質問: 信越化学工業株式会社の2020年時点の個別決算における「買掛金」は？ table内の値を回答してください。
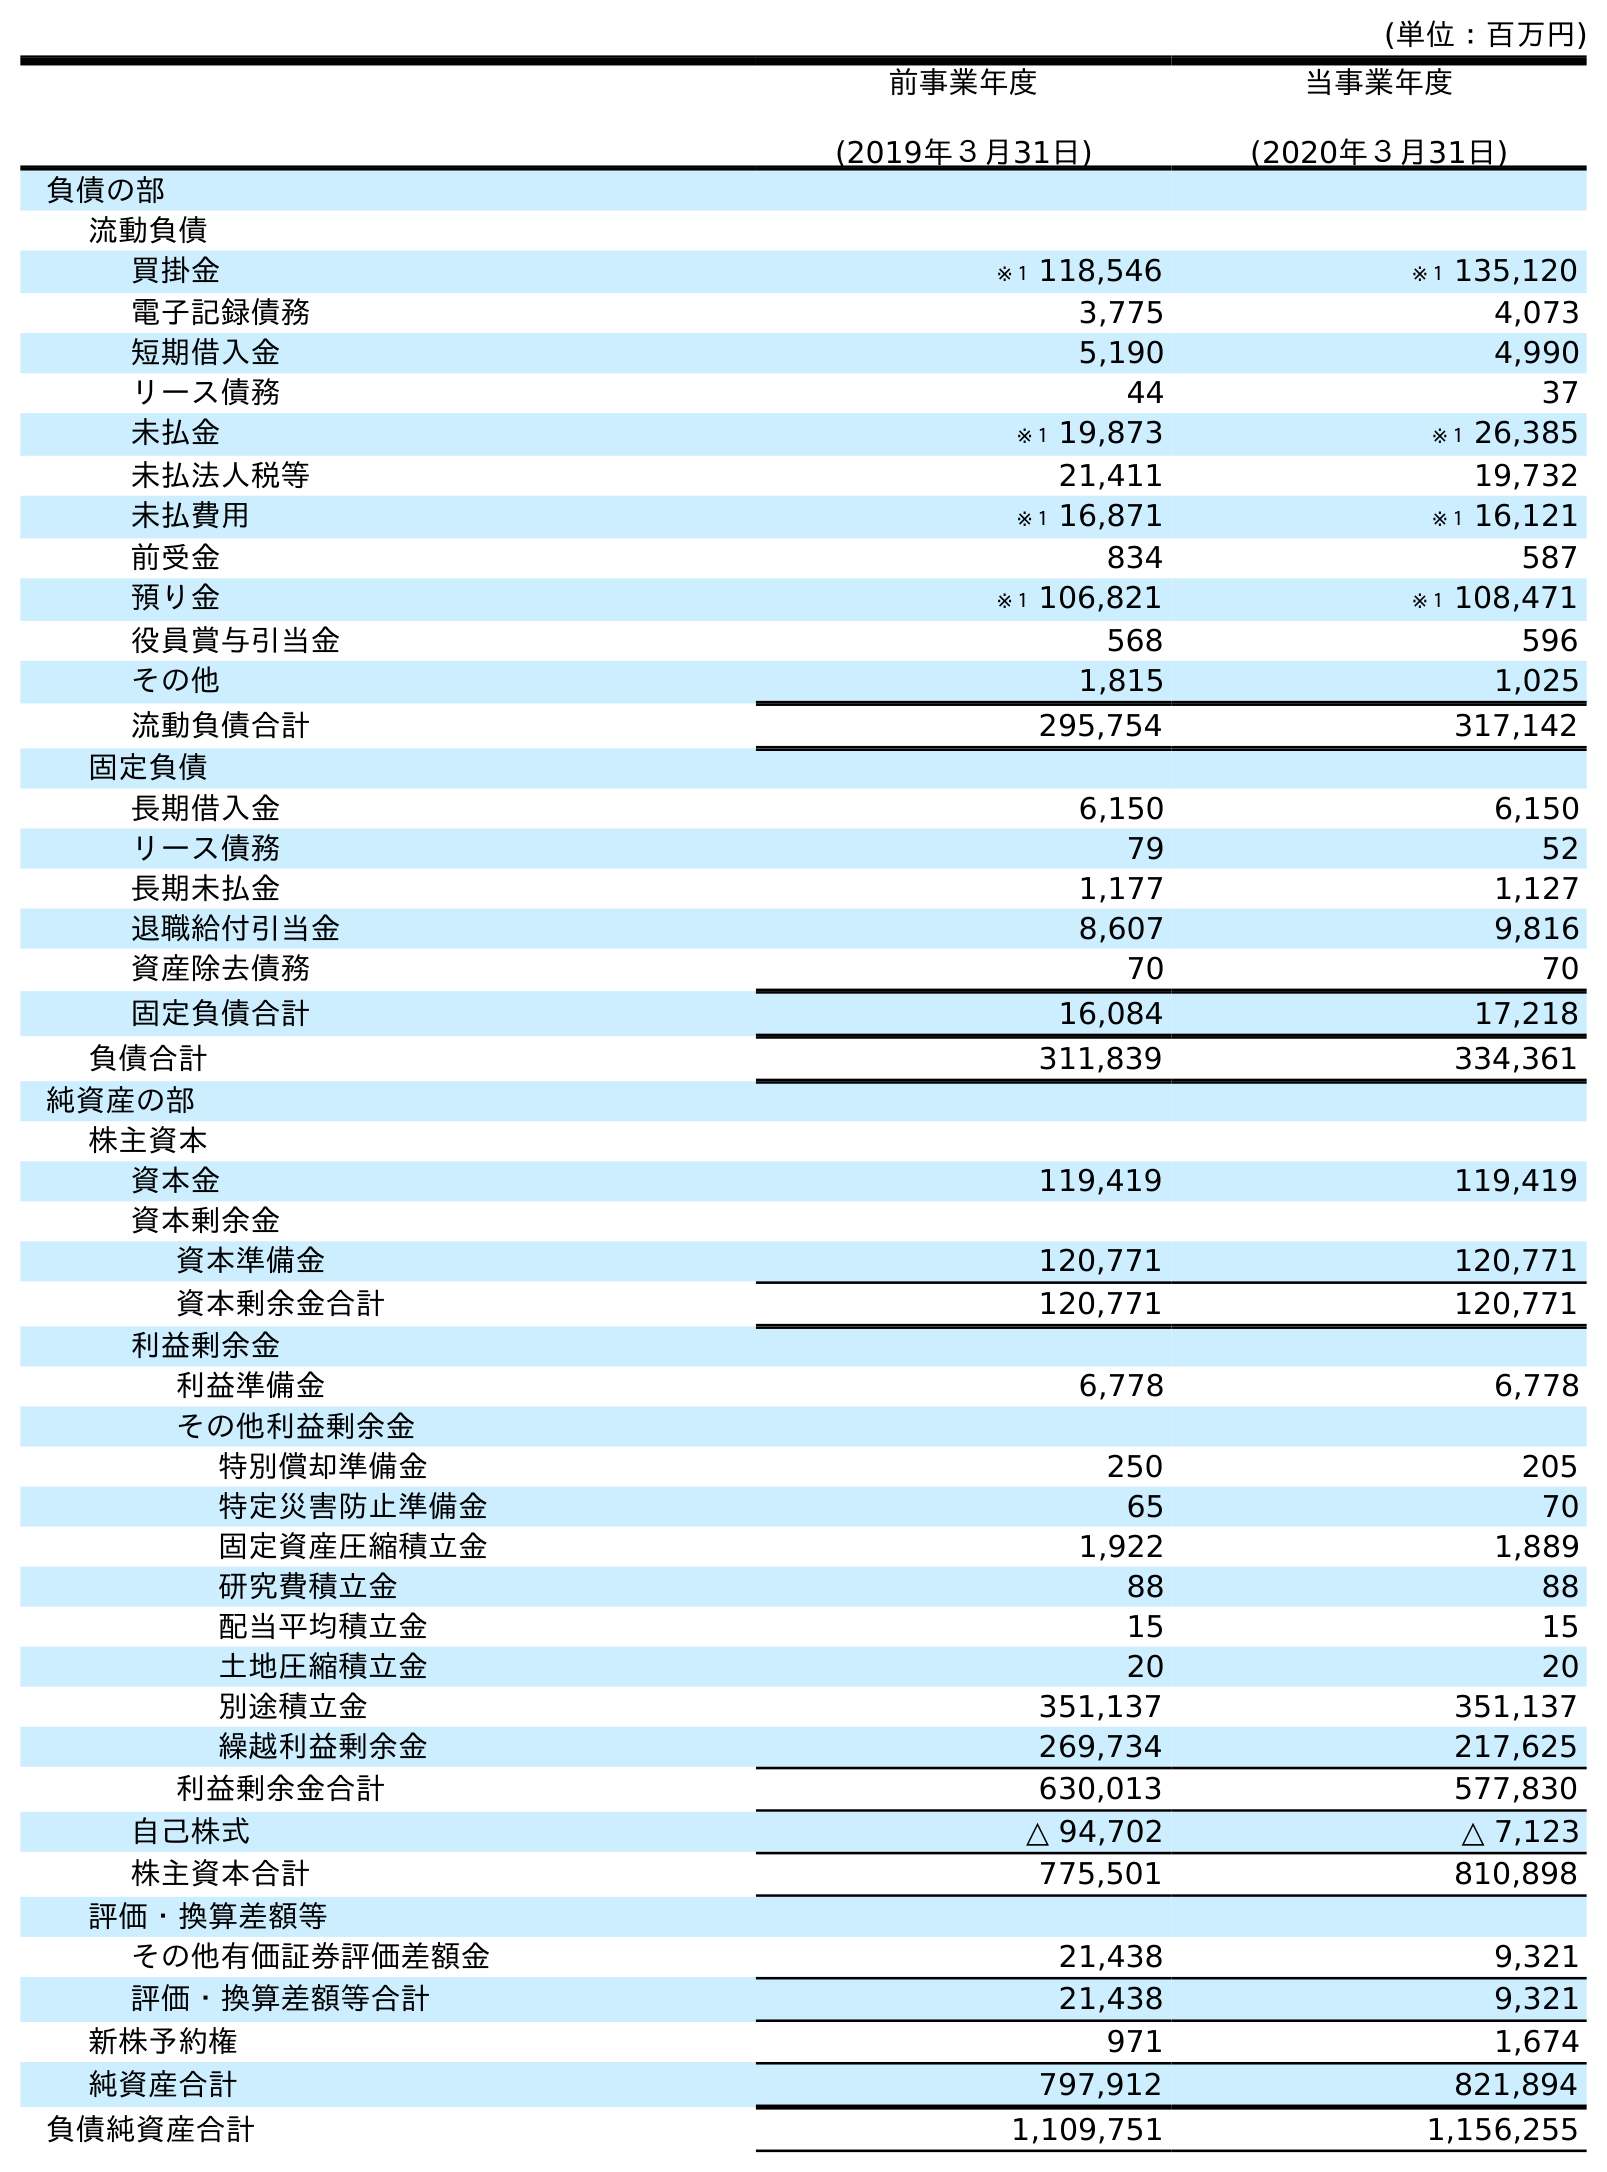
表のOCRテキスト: (単位：百万円) 前事業年度 (2019年３月31日) 当事業年度 (2020年３月31日) 負債の部 流動負債 買掛金 ※１ 118,546 ※１ 135,120 電子記録債務 3,775 4,073 短期借入金 5,190 4,990 リース債務 44 37 未払金 ※１ 19,873 ※１ 26,385 未払法人税等 21,411 19,732 未払費用 ※１ 16,871 ※１ 16,121 前受金 834 587 預り金 ※１ 106,821 ※１ 108,471 役員賞与引当金 568 596 その他 1,815 1,025 流動負債合計 295,754 317,142 固定負債 長期借入金 6,150 6,150 リース債務 79 52 長期未払金 1,177 1,127 退職給付引当金 8,607 9,816 資産除去債務 70 70 固定負債合計 16,084 17,218 負債合計 311,839 334,361 純資産の部 株主資本 資本金 119,419 119,419 資本剰余金 資本準備金 120,771 120,771 資本剰余金合計 120,771 120,771 利益剰余金 利益準備金 6,778 6,778 その他利益剰余金 特別償却準備金 250 205 特定災害防止準備金 65 70 固定資産圧縮積立金 1,922 1,889 研究費積立金 88 88 配当平均積立金 15 15 土地圧縮積立金 20 20 別途積立金 351,137 351,137 繰越利益剰余金 269,734 217,625 利益剰余金合計 630,013 577,830 自己株式 △ 94,702 △ 7,123 株主資本合計 775,501 810,898 評価・換算差額等 その他有価証券評価差額金 21,438 9,321 評価・換算差額等合計 21,438 9,321 新株予約権 971 1,674 純資産合計 797,912 821,894 負債純資産合計 1,109,751 1,156,255
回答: ※１135,120